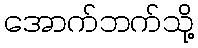
အောက်ဘက်သို့